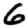
Digit: 6